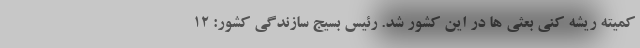
کمیته ریشه کنی بعثی ها در این کشور شد. رئیس بسیج سازندگی کشور: ۱۲